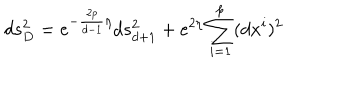
LaTeX: d s _ { D } ^ { 2 } = e ^ { - \frac { 2 p } { d - 1 } \eta } d s _ { d + 1 } ^ { 2 } + e ^ { 2 \eta } \sum _ { i = 1 } ^ { p } ( d x ^ { i } ) ^ { 2 }